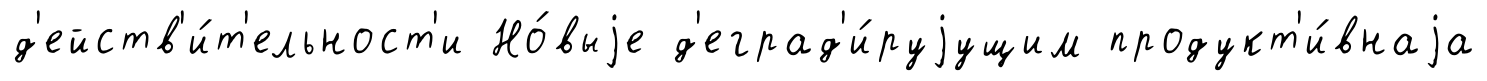
д'ейств'и́т'ельност'и Но́выjе д'еград'и́руjущим продукт'и́внаjа